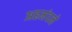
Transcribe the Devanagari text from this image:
अहमंदने